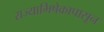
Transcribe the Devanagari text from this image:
राज्याभिषेकापासून